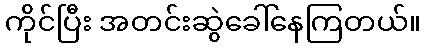
ကိုင်ပြီး အတင်းဆွဲခေါ်နေကြတယ်။